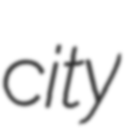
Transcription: city